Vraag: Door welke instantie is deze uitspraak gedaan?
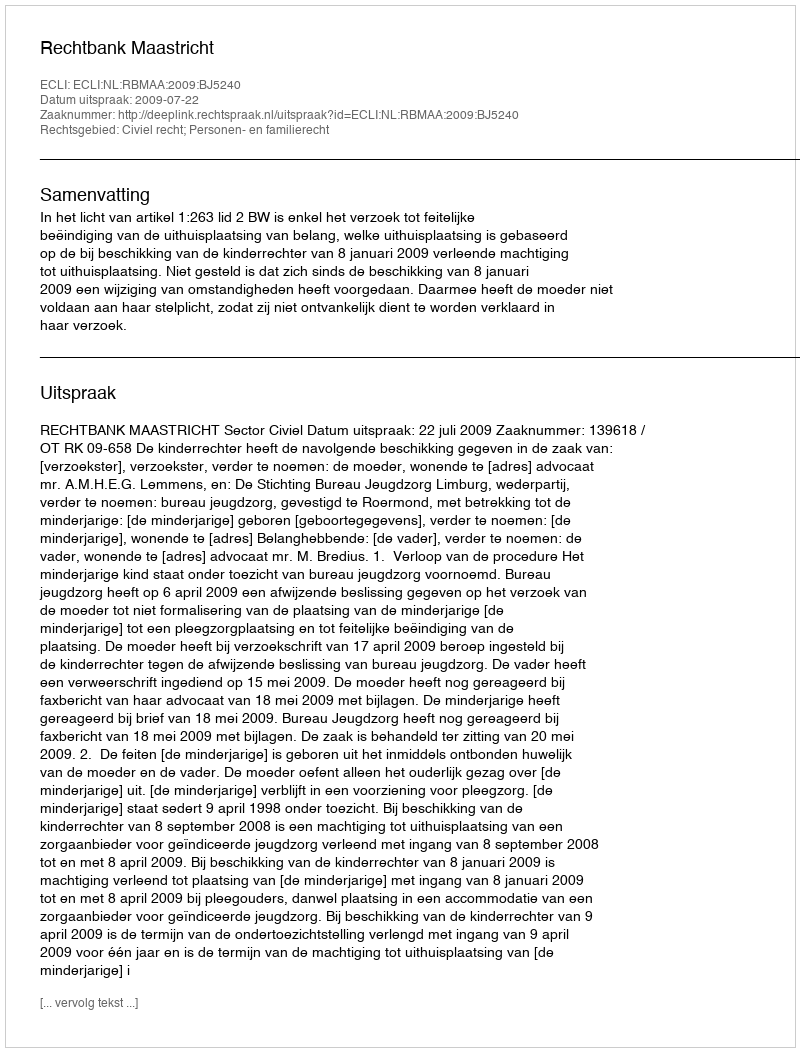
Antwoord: Rechtbank Maastricht